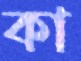
কা